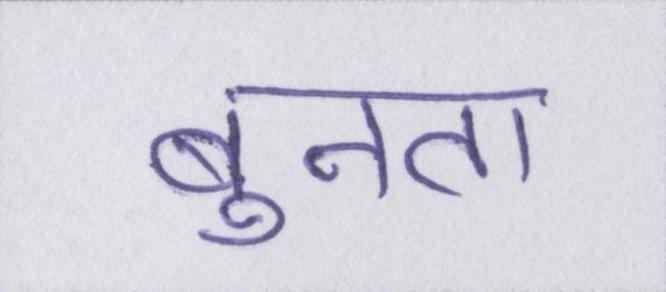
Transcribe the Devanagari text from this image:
बुनता